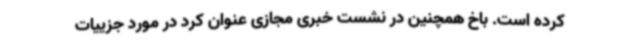
کرده است. باخ همچنین در نشست خبری مجازی عنوان کرد در مورد جزییات